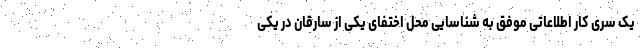
یک سری کار اطلاعاتی موفق به شناسایی محل اختفای یکی از سارقان در یکی